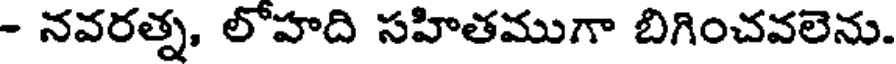
- నవరత్న, లోహది సహితముగా బిగించవలెను.